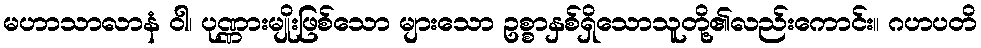
မဟာသာလာနံ ဝါ၊ ပုဏ္ဏားမျိုးဖြစ်သော များသော ဥစ္စာနှစ်ရှိသောသူတို့၏လည်းကောင်း။ ဂဟပတိ